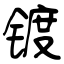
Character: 镀